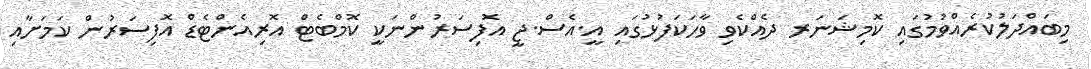
މިބައްދަލުކުރެއްވުމުގައި ކޮމިޝަނަރ ދެއްކެވި ވާހަކަފުޅުގައި އީ.އެސް.ޖީ އޮފިސަރުންނަކީ ކޮމްބެޓް އޮރިއެންޓެޑް އޮފިސަރުން ކަމަށާއި